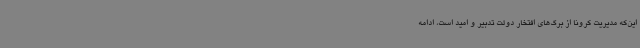
این‌که مدیریت کرونا از برگ‌های افتخار دولت تدبیر و امید است، ادامه